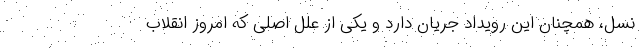
نسل، همچنان این رویداد جریان دارد و یکی از علل اصلی که امروز انقلاب